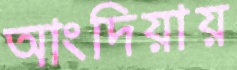
আংদিয়ায়